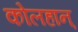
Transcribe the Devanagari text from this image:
कोलहान्